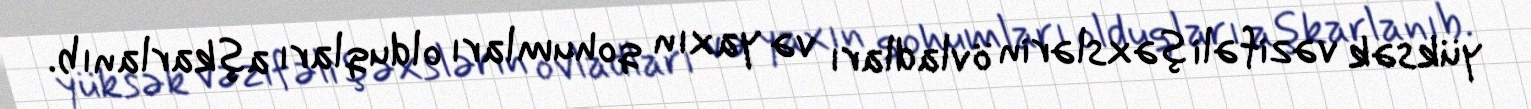
yüksək vəzifəli şəxslərin övladları və yaxın qohumları olduqları aşkarlanıb.